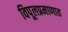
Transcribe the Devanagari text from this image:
विपूलप्रमाणात